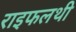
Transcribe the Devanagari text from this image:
राइफलथी